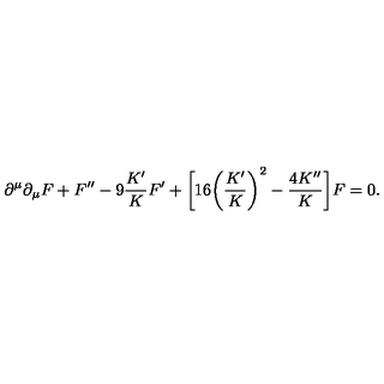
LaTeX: \partial ^ { \mu } \partial _ { \mu } F + F ^ { \prime \prime } - 9 \frac { K ^ { \prime } } { K } F ^ { \prime } + \bigg [ 1 6 \bigg ( \frac { K ^ { \prime } } { K } \bigg ) ^ { 2 } - \frac { 4 K ^ { \prime \prime } } { K } \bigg ] F = 0 .